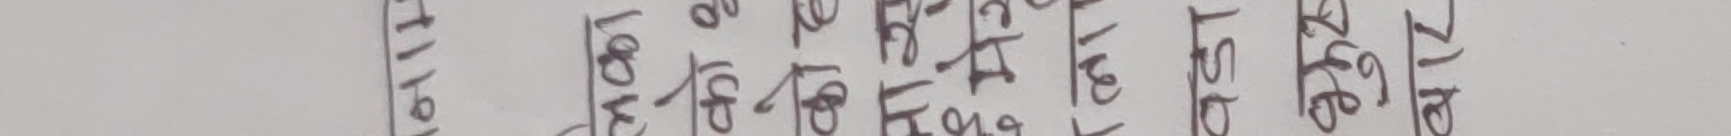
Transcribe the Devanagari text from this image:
नेपाल अगष्ट १९ २५ १९९४